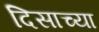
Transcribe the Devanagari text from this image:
दिसाच्या